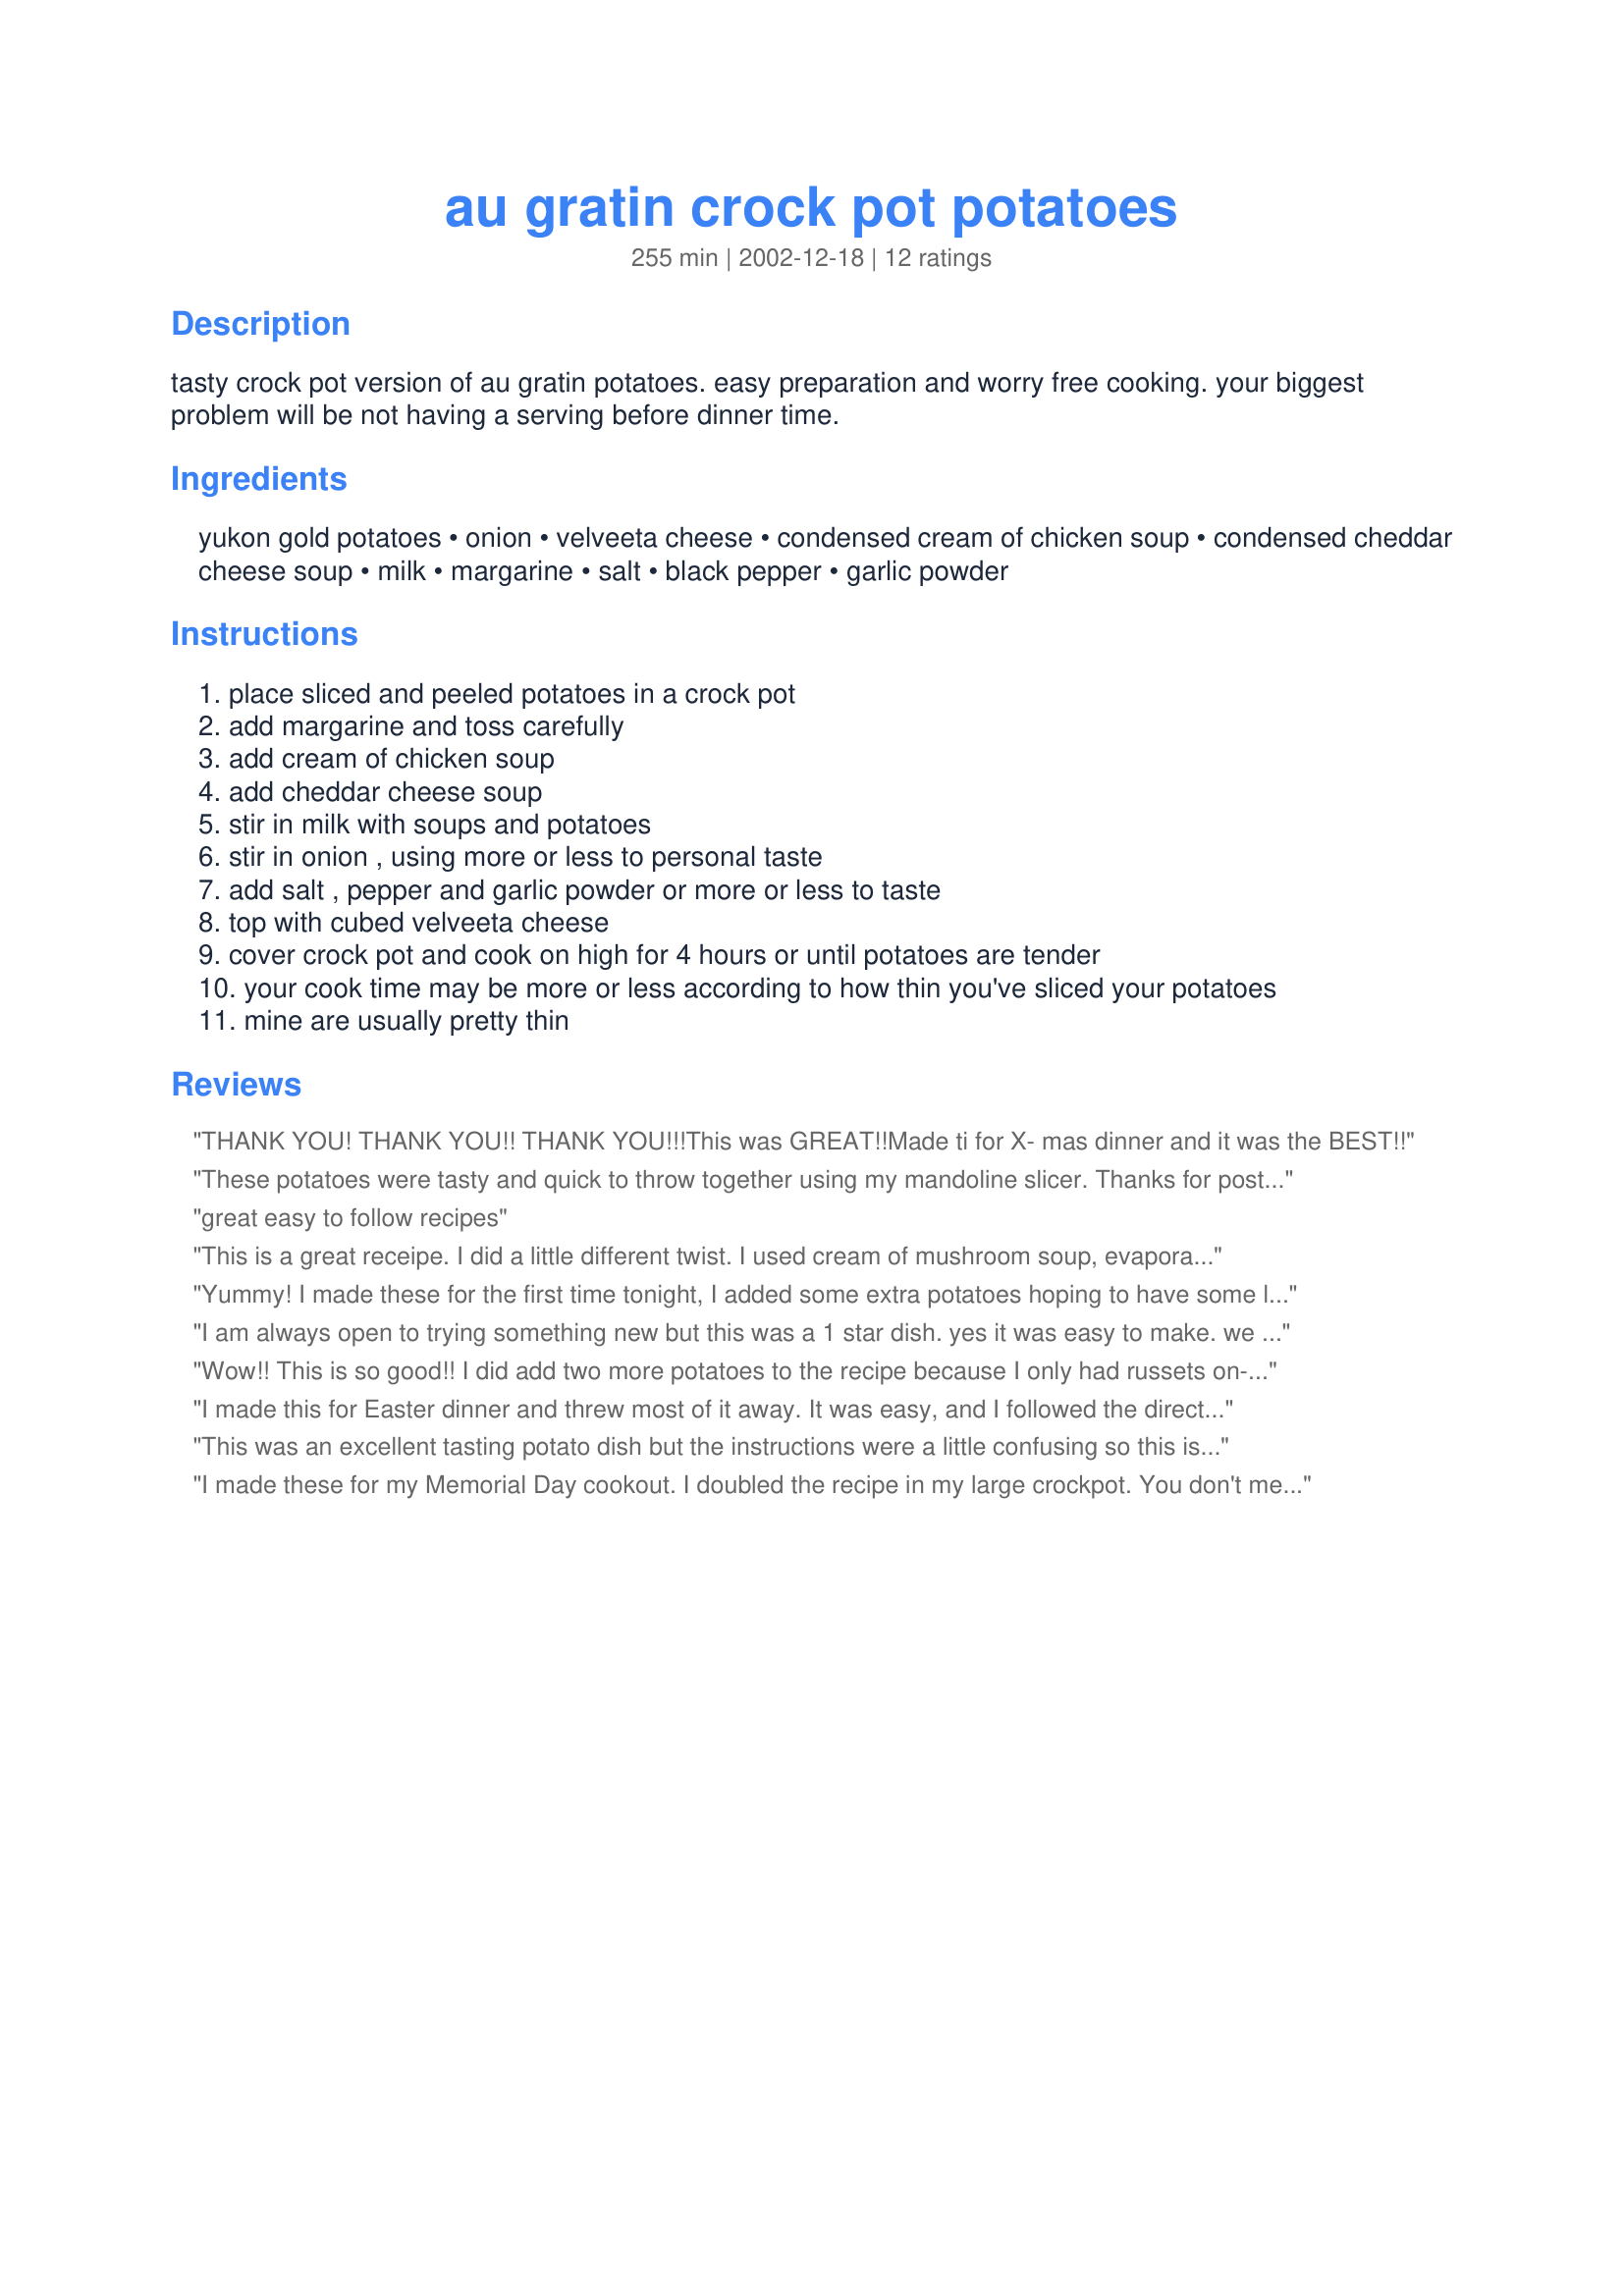
au gratin crock pot potatoes
Preparation time: 255 minutes

tasty crock pot version of au gratin potatoes. easy preparation and worry free cooking. your biggest problem will be not having a serving before dinner time.

Ingredients:
yukon gold potatoes, onion, velveeta cheese, condensed cream of chicken soup, condensed cheddar cheese soup, milk, margarine, salt, black pepper, garlic powder

Steps:
place sliced and peeled potatoes in a crock pot
add margarine and toss carefully
add cream of chicken soup
add cheddar cheese soup
stir in milk with soups and potatoes
stir in onion , using more or less to personal taste
add salt , pepper and garlic powder or more or less to taste
top with cubed velveeta cheese
cover crock pot and cook on high for 4 hours or until potatoes are tender
your cook time may be more or less according to how thin you've sliced your potatoes
mine are usually pretty thin

Reviews:
THANK YOU! THANK YOU!! THANK YOU!!!This was GREAT!!Made ti for X- mas dinner and it was the BEST!!
These potatoes were tasty and quick to throw together using my mandoline slicer. Thanks for posting!
great easy to follow recipes
This is a great receipe. I did a little different twist. I used cream of mushroom soup, evaporated milk and added chopped broccolli and cooked bacon. Husband and Mom love it. Very easy to make
Yummy! I made these for the first time tonight, I added some extra potatoes hoping to have some leftovers, well my hubby sat at the table and ate almost all that was left! I was asked to make them again soon. Guess its a real winner in our house......
I am always open to trying something new but this was a 1 star dish. yes it was easy to make. we were with a crowd of 8 people and we rated it as 1 star. Leftovers went to the dogs.
Wow!! This is so good!! I did add two more potatoes to the recipe because I only had russets on-hand. Next time I make it, however, I will use at least 8 russets as it tended to have more sauce than potatoes. This was a definite hit with my very picky eaters. They asked for seconds!!!
I made this for Easter dinner and threw most of it away. It was easy, and I followed the directions. The ones that did eat it, said that it was just ok. Won't make it again
This was an excellent tasting potato dish but the instructions were a little confusing so this is what I did. I layered the potatoes, margarine (cut up into little pieces), onion, and velveeta cheese in the crockpot. I mixed the soups and milk together then poured that over the top. Then I added the seasonings. Gave it a good stir and cooked as directed. Made the most heavenly, cheesy, tender potatoes I have ever eaten. Thanks Crimsonvixen7.
I made these for my Memorial Day cookout. I doubled the recipe in my large crockpot. You don't mention if the soups should be combined with the milk, so I just dumped them in separately and stirred with each addition. You also don't mention when to add the Velveeta cheese, so I just added it and stirred it through, thus the 4 stars versus 5 stars. I was a little worried, because it looked really saucy and thought maybe I should have added more potatoes (I used red potatoes, since I couldn't find Yukon and I didn't peel them). Well, they were a little soupy/saucy, so I served them with a slotted spoon, but the taste is out of this world! I was glad I doubled the recipe, because I was lucky to have some left over. I refrigerated the left overs and the next day, the sauce had thickened a little and they reheated nicely in the microwave, tasting even better! Thanks for sharing the recipe! I will make these again, but I will add more potatoes.
Very easy to make and yummy!
I made this and OMG!!!! Seriously so good!!!!! My kids loved it and my husband who is not a big cheese fan just raved about how good these are!!! This recipe is a KEEPER!
